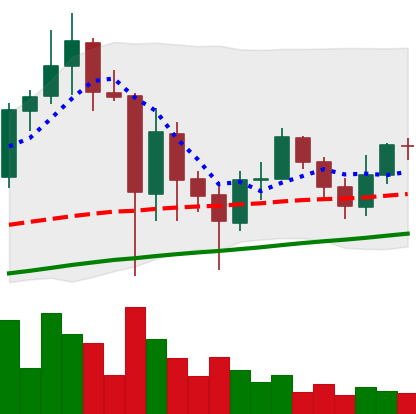
Ticker: ADA-USD
Chart end date: 2021-06-01
Forward return: -3.257%
Label: down_3_5